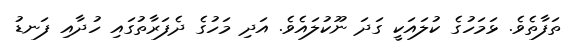
ތަފާތެވެ. ޅަމަހުގެ ކުލައަކީ ގަދަ ނޫކުލައެވެ. އަދި މަހުގެ ދެފަރާތުގައި ހުދާއި ފަނޑު